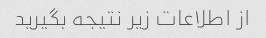
از اطلاعات زیر نتیجه بگیرید